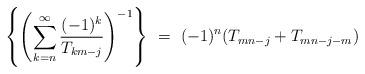
LaTeX: \begin{align*} \left\{\left(\sum^{\infty}_{k = n} \frac{(-1)^{k}}{T_{km-j}}\right)^{-1}\right\} \ =\ (-1)^n(T_{mn-j} + T_{mn-j-m})\end{align*}